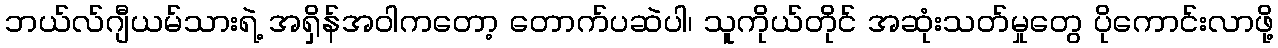
ဘယ်လ်ဂျီယမ်သားရဲ့ အရှိန်အဝါကတော့ တောက်ပဆဲပါ၊ သူကိုယ်တိုင် အဆုံးသတ်မှုတွေ ပိုကောင်းလာဖို့